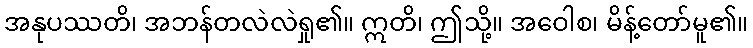
အနုပဿတိ၊ အဘန်တလဲလဲရှု၏။ ဣတိ၊ ဤသို့။ အဝေါစ၊ မိန့်တော်မူ၏။